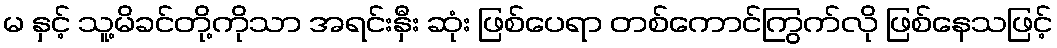
မ နှင့် သူ့မိခင်တို့ကိုသာ အရင်းနှီး ဆုံး ဖြစ်ပေရာ တစ်ကောင်ကြွက်လို ဖြစ်နေသဖြင့်